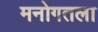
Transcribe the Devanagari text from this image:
मनोगतला